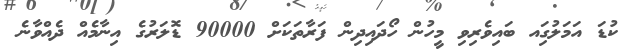
ކުޑަ އަމަލުގަިއ ބައިވެރިވި މީހުން ހޯދައިދިން ފަރާތަކަށް 90000 ޑޮލަރުގެ އިނާމެއް ދެއްވާނެ